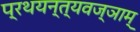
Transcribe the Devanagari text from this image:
प्रथयन्त्यवज्ञाम्‌